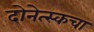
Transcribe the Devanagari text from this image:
दोनेत्स्कचा